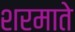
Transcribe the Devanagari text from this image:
शरमाते